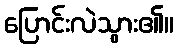
ပြောင်းလဲသွား၏။